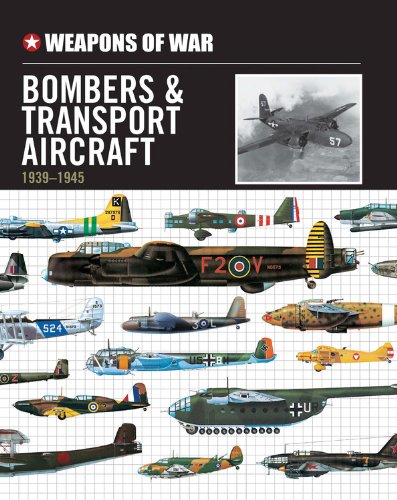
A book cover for Weapons of War Bombers & Transport Aircraft 1939-1945; Arts & Photography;